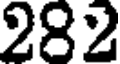
282